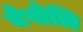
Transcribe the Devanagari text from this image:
नेपोलि